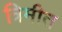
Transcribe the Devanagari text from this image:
त्रिमीत